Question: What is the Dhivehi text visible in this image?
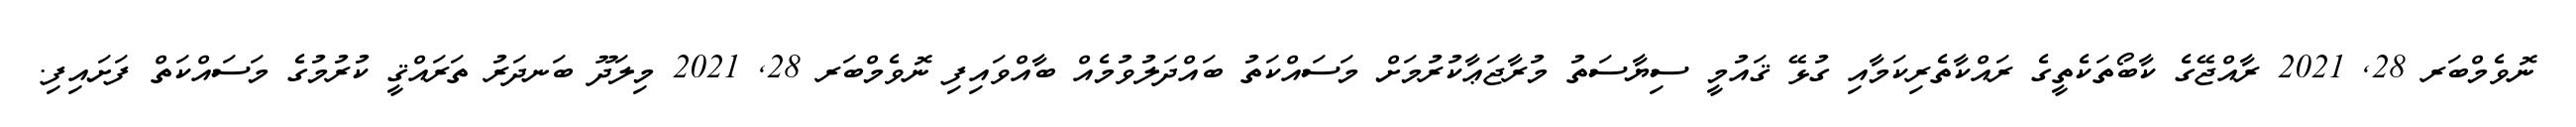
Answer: ނޮވެމްބަރ 28, 2021 ރާއްޖޭގެ ކާބޯތަކެތީގެ ރައްކާތެރިކަމާއި ގުޅޭ ޤައުމީ ސިޔާސަތު މުރާޖަޢާކުރުމަށް މަސައްކަތު ބައްދަލުވުމެއް ބާއްވައިފި ނޮވެމްބަރ 28, 2021 މިލަދޫ ބަނދަރު ތަރައްޤީ ކުރުމުގެ މަސައްކަތް ފަށައިފި.